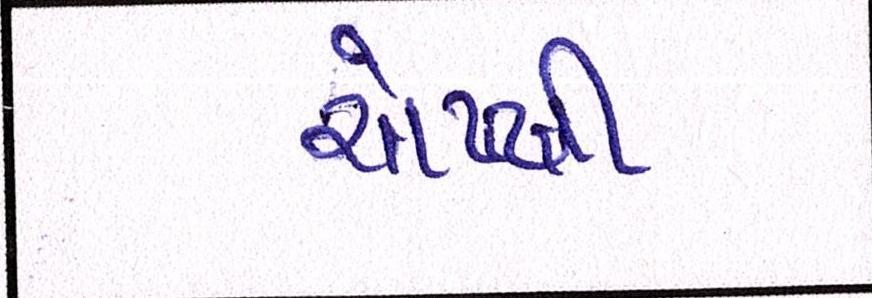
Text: ચોખ્ખી